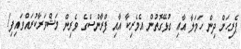
ޕެރިހަށް ދިން ހަމަލާ އާއި ގުޅޭގޮތުން އެމެރިކާ އާއި ފްރާންސްގެ ވެރިން މަޝްވަރާކުރައްވައިފި1